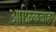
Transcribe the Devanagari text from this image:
आफ्रिकेबाहेर